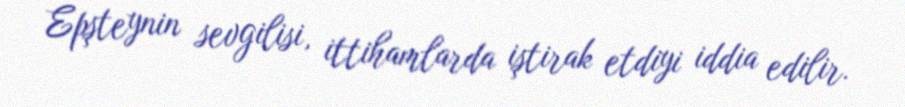
Epşteynin sevgilisi, ittihamlarda iştirak etdiyi iddia edilir.